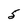
Character: 5